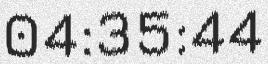
04:35:44